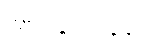
ကာလပေါက်ဈေး